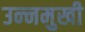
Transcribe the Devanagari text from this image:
उन्‍नमुखी